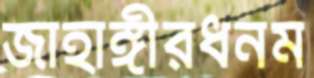
জাহাঙ্গীরধনম